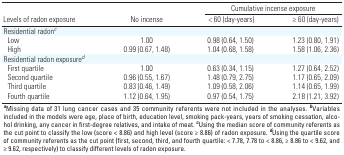
<table><thead><tr><td colspan="3"><b>Cumulative incense exposure</b></td></tr><tr><td><b>Levels of radon exposure</b></td><td><b>No incense </b></td><td><b> &lt; 60 (day-years) </b></td><td><b>≥ 60 (day-years) </b></td></tr></thead><tbody><tr><td>Residential radon<i>c</i></td><td></td><td></td><td></td><td></td><td></td><td></td></tr><tr><td>Low</td><td></td><td>1.00</td><td></td><td>0.98 (0.64, 1.50)</td><td></td><td>1.23 (0.80, 1.91)</td></tr><tr><td>High</td><td></td><td>0.99 (0.67, 1.48)</td><td></td><td>1.04 (0.68, 1.58)</td><td></td><td>1.58 (1.06, 2.36)</td></tr><tr><td>Residential radon exposure<i>d</i></td><td></td><td></td><td></td><td></td><td></td><td></td></tr><tr><td>First quartile</td><td></td><td>1.00</td><td></td><td>0.63 (0.34, 1.15)</td><td></td><td>1.27 (0.64, 2.52)</td></tr><tr><td>Second quartile</td><td></td><td>0.96 (0.55, 1.67)</td><td></td><td>1.48 (0.79, 2.75)</td><td></td><td>1.17 (0.65, 2.09)</td></tr><tr><td>Third quartile</td><td></td><td>0.83 (0.46, 1.49)</td><td></td><td>1.09 (0.58, 2.06)</td><td></td><td>1.14 (0.65, 1.99)</td></tr><tr><td>Fourth quartile</td><td></td><td>1.12 (0.64, 1.95)</td><td></td><td>0.97 (0.54, 1.75)</td><td></td><td>2.18 (1.21, 3.92)</td></tr><tr><td colspan="7"><b>a</b>Missing data of 31 lung cancer cases and 35 community referents were not included in the analyses. <b>b</b>Variables included in the models were age, place of birth, education level, smoking pack-years, years of smoking cessation, alcohol drinking, any cancer in first-degree relatives, and intake of meat. <b>c</b>Using the median score of community referents as the cut point to classify the low (score &lt; 8.86) and high level (score ≥ 8.86) of radon exposure. <b>d</b>Using the quartile score of community referents as the cut point (first, second, third, and fourth quartile: &lt; 7.78, 7.78 to &lt; 8.86, ≥ 8.86 to &lt; 9.62, and ≥ 9.62, respectively) to classify different levels of radon exposure.</td></tr></tbody></table>